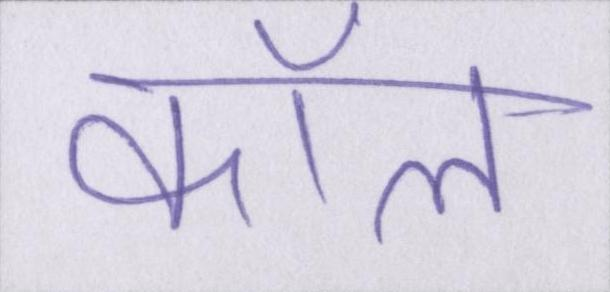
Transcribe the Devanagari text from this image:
कॉल